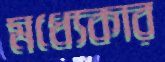
মধ্যেকার